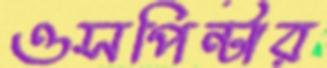
ওসপিন্টার